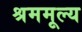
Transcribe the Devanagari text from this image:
श्रममूल्य